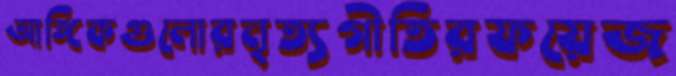
আঙ্গিকগুলোরনৃত্যগীতিরফয়েজ